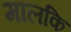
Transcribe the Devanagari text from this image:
मालकि